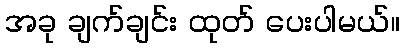
အခု ချက်ချင်း ထုတ် ပေးပါမယ်။